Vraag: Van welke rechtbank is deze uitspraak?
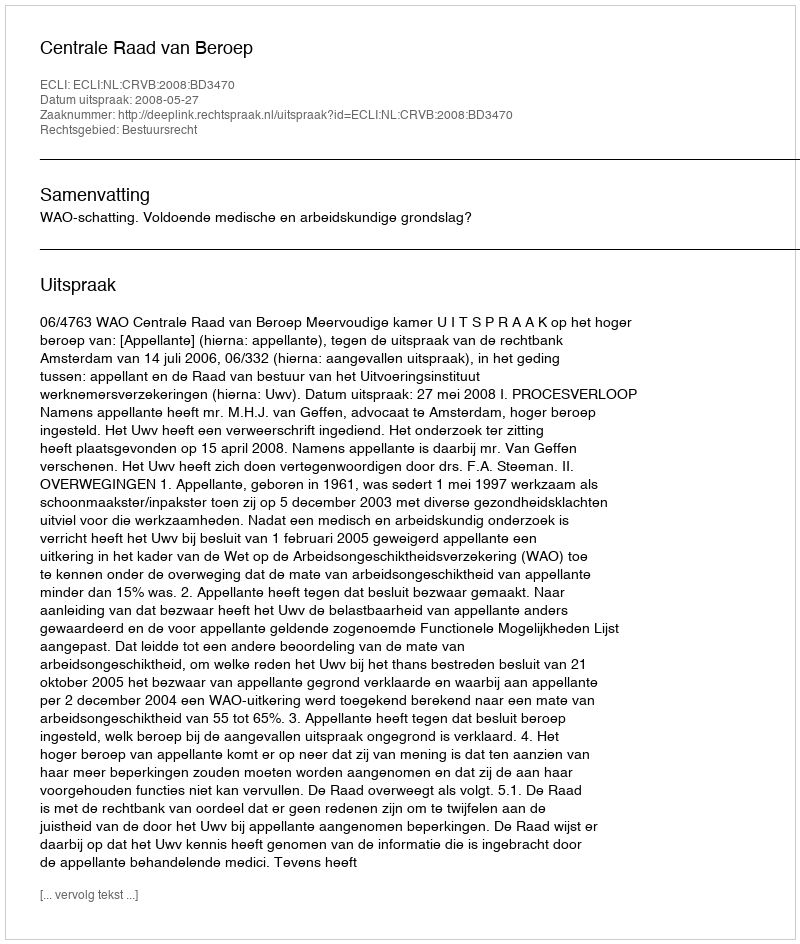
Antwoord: Centrale Raad van Beroep